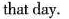
that day.